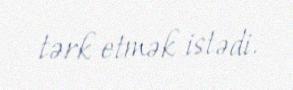
tərk etmək istədi.